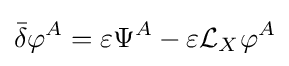
{\bar {\delta }}\varphi ^{A}=\varepsilon \Psi ^{A}-\varepsilon {\mathcal {L}}_{X}\varphi ^{A}